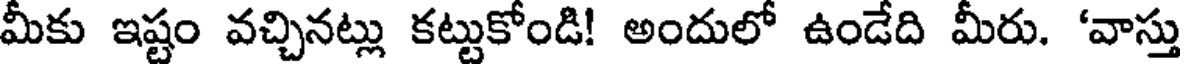
మీకు ఇష్టం వచ్చినట్లు కట్టుకోండి! అందులో ఉండేది మీరు. 'వాస్తు